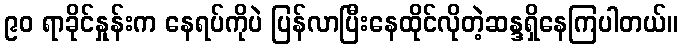
၉၀ ရာခိုင်နှုန်းက နေရပ်ကိုပဲ ပြန်လာပြီးနေထိုင်လိုတဲ့ဆန္ဒရှိနေကြပါတယ်။